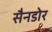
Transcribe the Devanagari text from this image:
सैनडोर